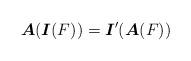
LaTeX: \begin{align*}\mbox{\boldmath$A$}(\mbox{\boldmath$I$}(F))=\mbox{\boldmath$I$}'(\mbox{\boldmath$A$}(F))\end{align*}